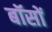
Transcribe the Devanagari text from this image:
बॉसों